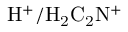
\mathrm { H ^ { + } / H _ { 2 } C _ { 2 } N ^ { + } }